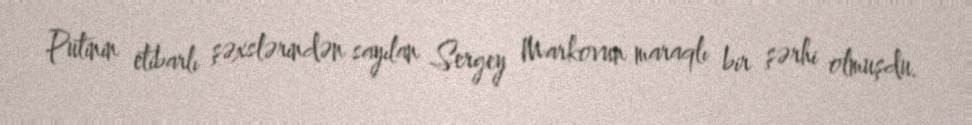
Putinin etibarlı şəxslərindən sayılan Sergey Markovun maraqlı bir şərhi olmuşdu.